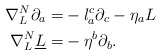
\begin{align*} \nabla^N_{L} \partial_a =& -l_a^c \partial_c - \eta_a L \\ \nabla^N_{L} \underline L = & -\eta^b \partial_b .\end{align*}